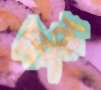
সার্কু